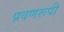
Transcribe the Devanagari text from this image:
प्रवणरूपी